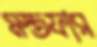
মস্তফার